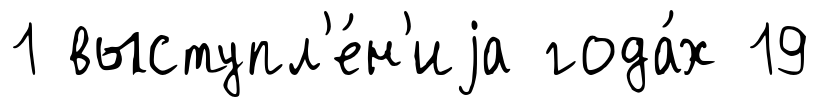
1 выступл'е́н'иjа года́х 19